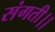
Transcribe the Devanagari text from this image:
संगती।।